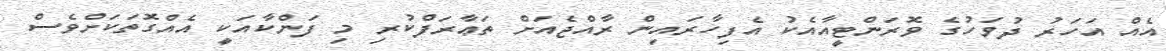
އެއް އަހަރު ދުވަހުގެ ވޮރަންޓީއާއެކު އެފިހާރައިން ރާއްޖެއަށް ތަޢާރަފްކުރި މި ފަންކާއަކީ އެއްގޮތަކަށްވެސް